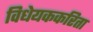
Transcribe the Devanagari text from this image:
विधेयककरिता